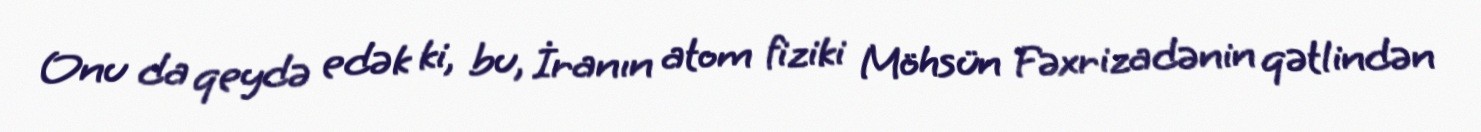
Onu da qeydə edək ki, bu, İranın atom fiziki Möhsün Fəxrizadənin qətlindən